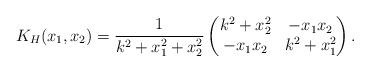
LaTeX: \begin{align*}K_H(x_1,x_2)=\frac{1}{k^2+x_1^2+x_2^2}\begin{pmatrix}k^2+x_2^2 & -x_1x_2 \\-x_1x_2 & k^2+x_1^2\end{pmatrix}.\end{align*}